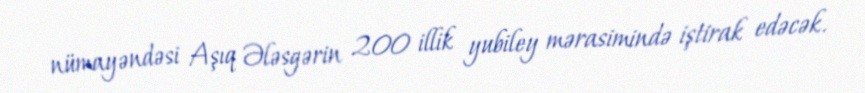
nümayəndəsi Aşıq Ələsgərin 200 illik yubiley mərasimində iştirak edəcək.